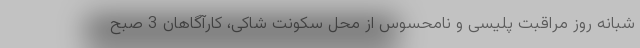
شبانه روز مراقبت پلیسی و نامحسوس از محل سکونت شاکی، کارآگاهان 3 صبح